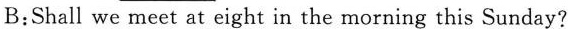
B:Shall we meet at eight in the morning this Sunday?